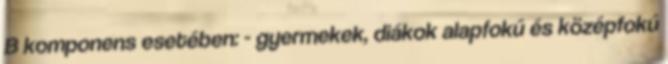
B komponens esetében: - gyermekek, diákok alapfokú és középfokú